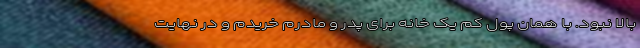
بالا نبود. با همان پول کم یک خانه برای پدر و مادرم خریدم و در نهایت